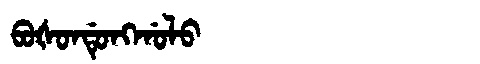
Manchu: ᠪᠣᡧᠣᠨᡩᡠᠩᡤᠣᠯᠣ
Romanization: BOŠONDUNGGOLO